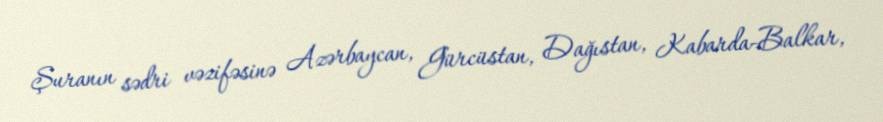
Şuranın sədri vəzifəsinə Azərbaycan, Gürcüstan, Dağıstan, Kabarda-Balkar,